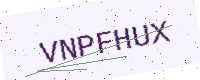
Text: VNPFHUX